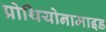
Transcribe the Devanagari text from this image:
प्रोथियोनामाइड